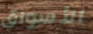
الأسواق